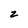
Character: 2